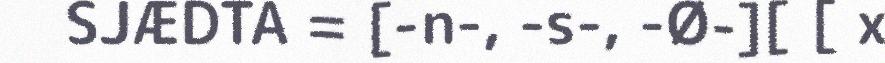
SJÆDTA = [-n-, -s-, -Ø-][ [ x